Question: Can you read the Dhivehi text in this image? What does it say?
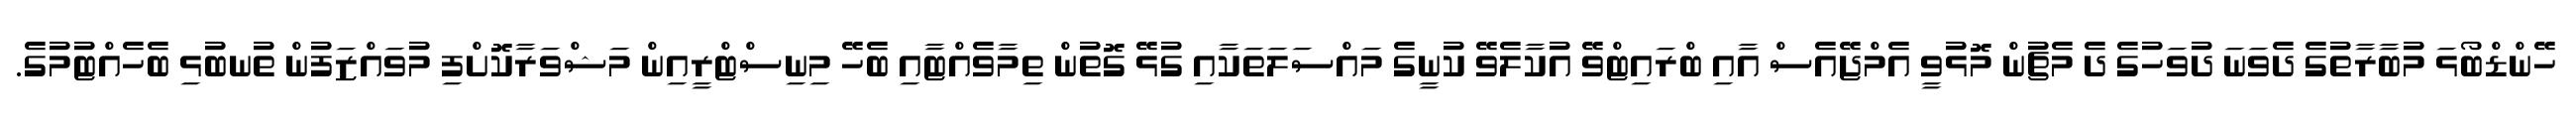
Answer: ހޭންޑްބޯޅަ މުބާރާތުގެ ދެވަނަ ދުވަހުގެ ދެ މެޗުން މޮޅުވީ އެމްޖޭއެސް އާއި ބްރައިޓްވޭ އުކާލެވޭ ކުނީގެ މައްސަލަތަކާއި ގުޅޭ ގޮތުން ތިމާވެއްޓާއި ބެހޭ މިނިސްޓްރީއިން މަޝްވަރާކޮށްފި މުވައްޒަފުން ތުނބުޅި ބެހެއްޓުމުގެ.